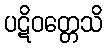
ပဋိဝတ္တေသိ